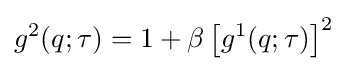
g^{2}(q;\tau )=1+\beta \left[g^{1}(q;\tau )\right]^{2}